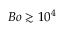
B o \gtrsim 1 0 ^ { 4 }